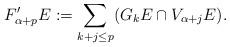
LaTeX: \begin{align*}F'_{\alpha+p}E:=\sum_{k+j\leq p}(G_kE\cap V_{\alpha+j}E).\end{align*}